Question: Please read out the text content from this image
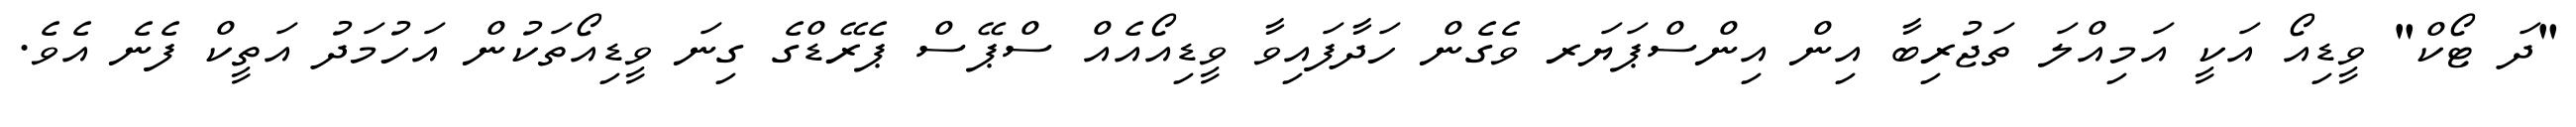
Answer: "ދަ ޓޯކް" ވީޑިއޯ އަކީ އަމިއްލަ ތަޖުރިބާ އިން އިންސްޕަޔަރ ވެގެން ހަދާފައިވާ ވީޑިއޯއެއް ސްޕޭސް ޕެރޭޑްގެ ގިނަ ވީޑިއޯތަކުން އަހުމަދު އަތީކް ފެނެ އެވެ.